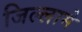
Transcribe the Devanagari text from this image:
जिल्लामे